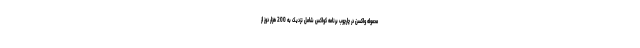
محموله واکسن در چارچوب برنامه کواکس شامل نزدیک به 200 هزار دوز از